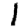
Digit: 1